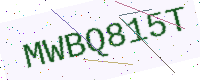
Text: MWBQ815T